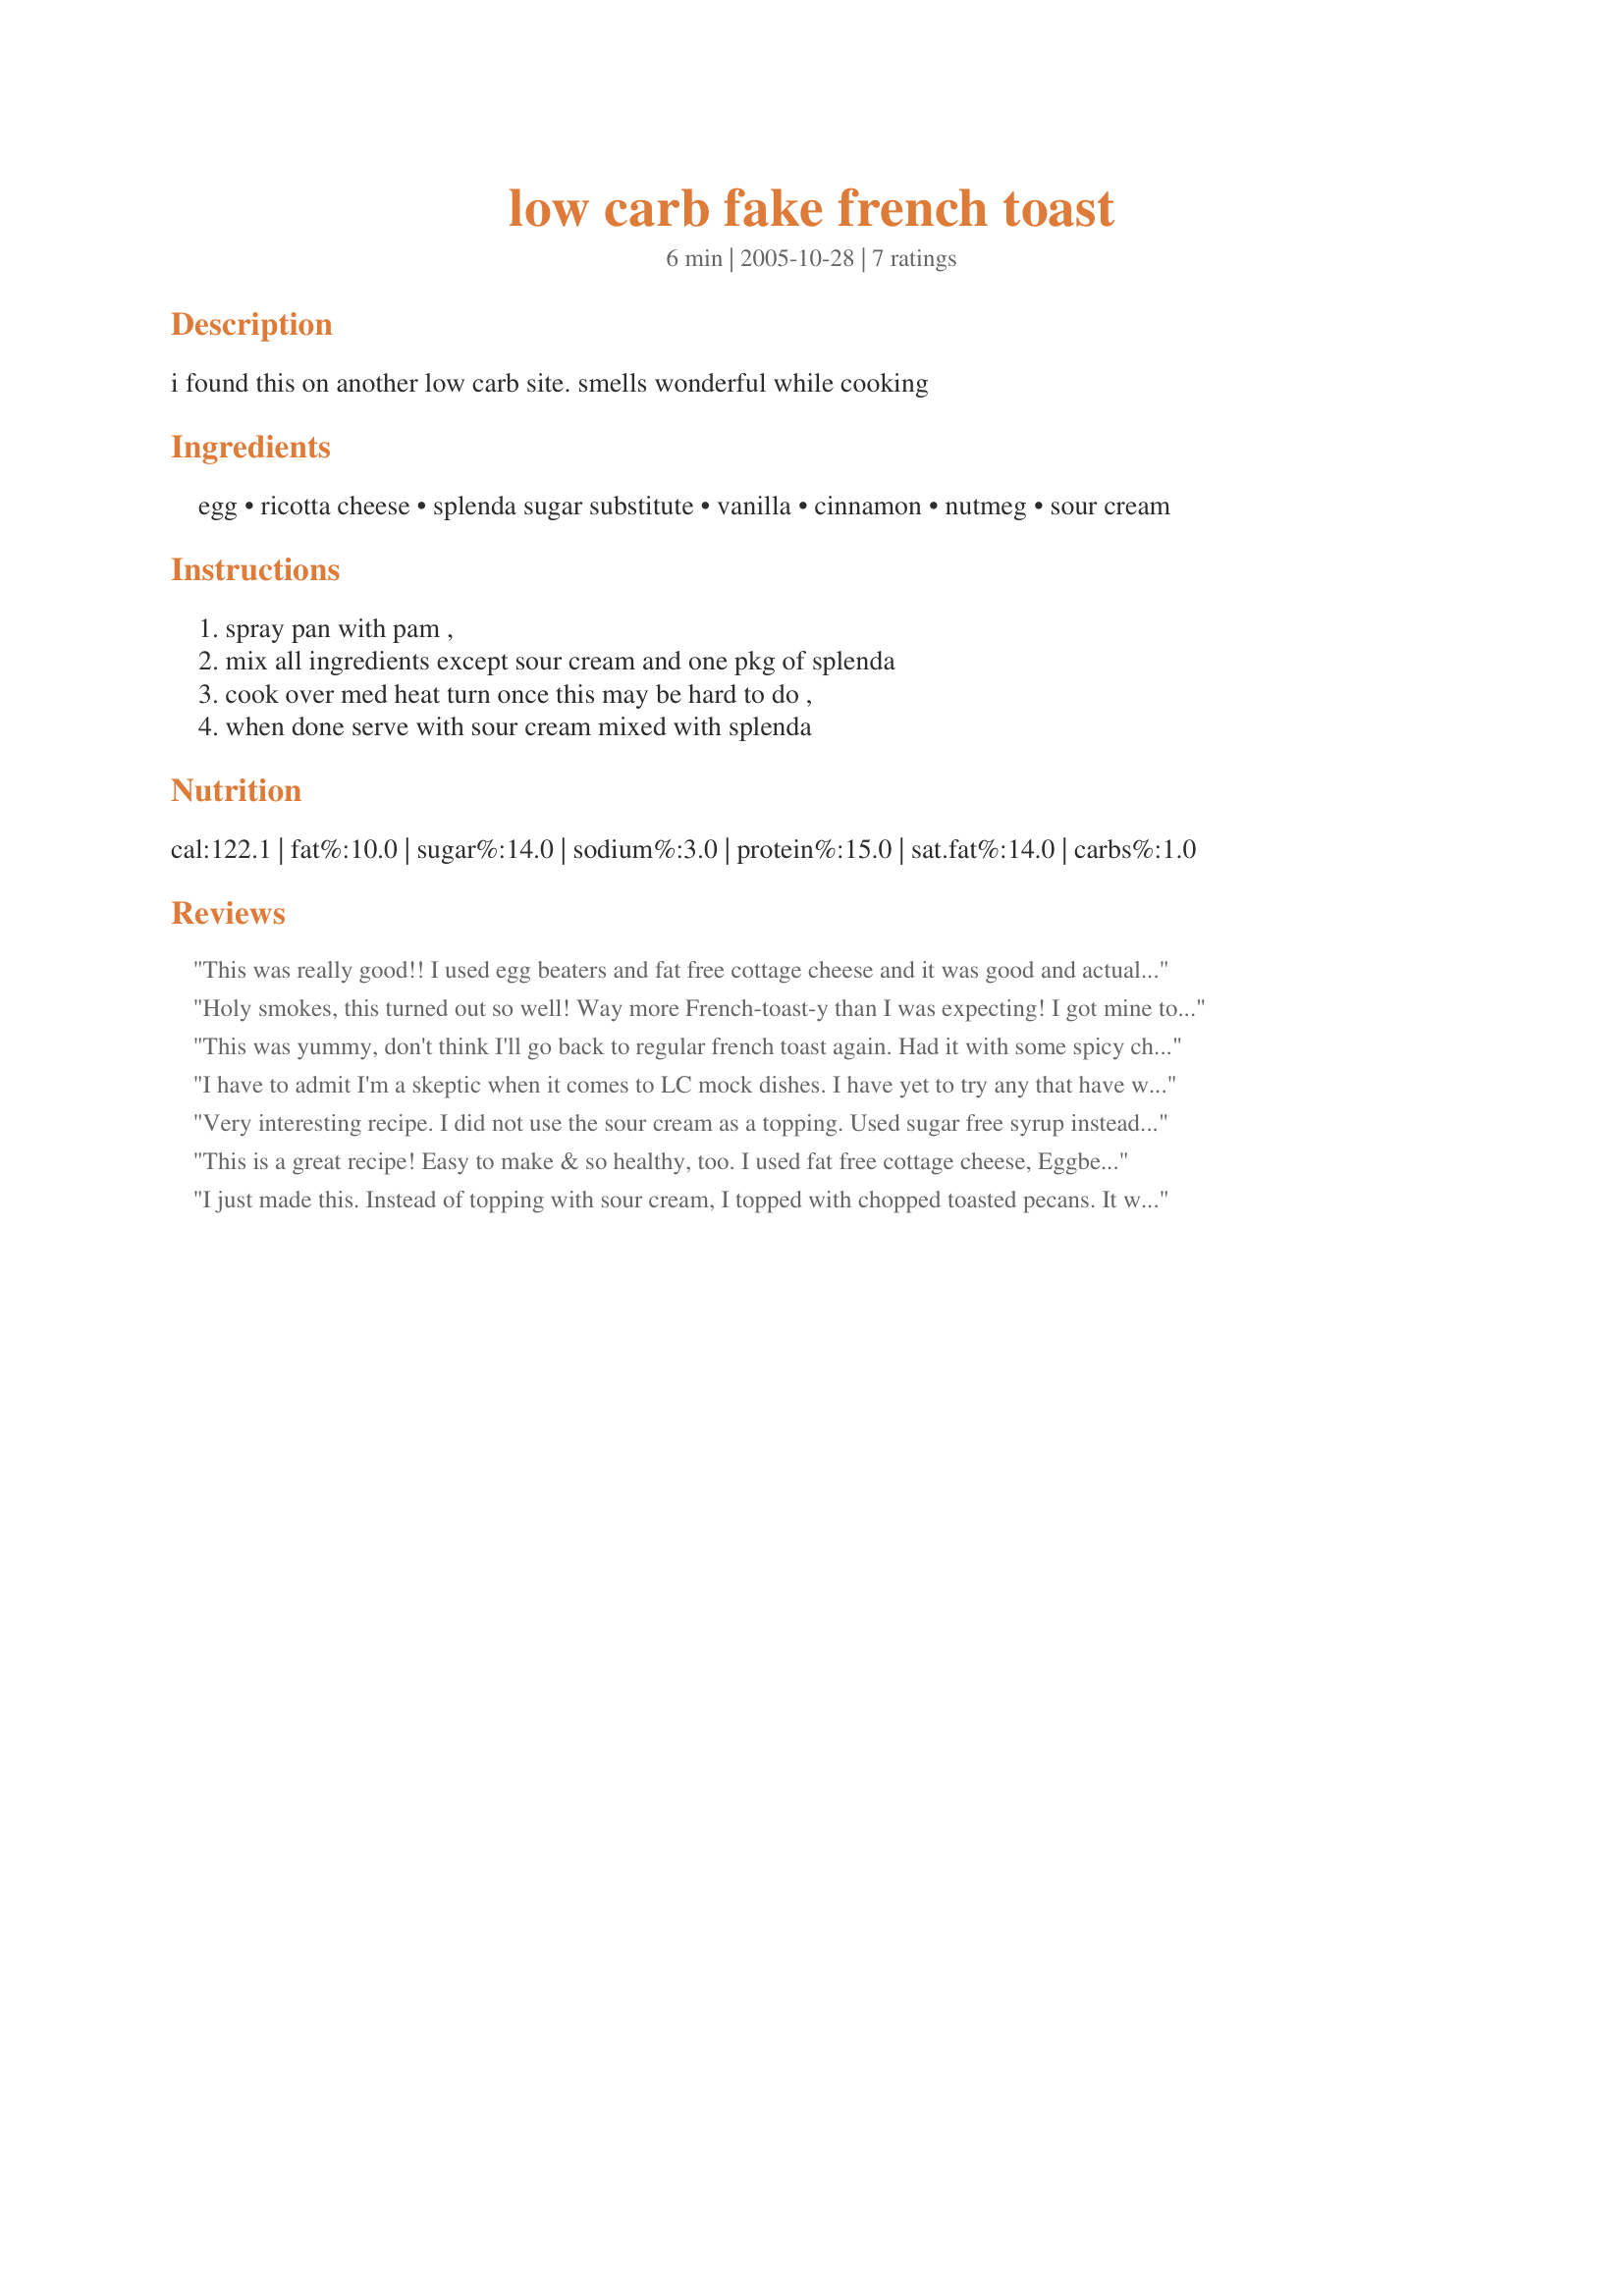
low carb fake french toast
Preparation time: 6 minutes

i found this on another low carb site. smells wonderful while cooking

Ingredients:
egg, ricotta cheese, splenda sugar substitute, vanilla, cinnamon, nutmeg, sour cream

Steps:
spray pan with pam ,, mix all ingredients except sour cream and one pkg of splenda, cook over med heat turn once this may be hard to do ,, when done serve with sour cream mixed with splenda

Reviews:
This was really good!! I used egg beaters and fat free cottage cheese and it was good and actually was very similar to french toast. Thanks for posting!
Holy smokes, this turned out so well! Way more French-toast-y than I was expecting! I got mine to flip and end up square (adding to the toast illusion). I poured the mixture into the pan and it was a massive oval. As it slowly started to cook, I nudged the edges in towards the middle. As the bottom firmed up, I gently folded up the edges of the oval to make four straight edges. Once it firmed up even more I was able to flip it. It puffed up nicely! As with another reviewer, I too had it with syrup instead of the recommended sour cream topping.
This was yummy, don't think I'll go
back to regular french toast again.
Had it with some spicy chunky apple sauce. Thanks for sharing.
I have to admit I'm a skeptic when it comes to LC mock dishes. I have yet to try any that have wowed me, until now! I though "realistically, how can ricotta cheese even resemble french toast?" but it totally does!! I cooked mine in a frying pan with a bit of oil and made them the size of silver dollar pancakes. They were so good i made a second batch! MMMMMM! with butter and SF syrup, i couldn't tell the difference!!
Very interesting recipe. I did not use the sour cream as a topping. Used sugar free syrup instead. Not your average french toast but will do when you are craving something sweet for breakfast! Thanks for posting.
This is a great recipe! Easy to make & so healthy, too. I used fat free cottage cheese, Eggbeaters, one Splenda packet, 1/2 tsp cinnamon (gave it a wonderful brown color) & 1/8 tsp vanilla. I topped it w/ some natural peanut butter, bananas & sugar free syrup. I used a crepe pan, which made cooking & flipping much easier, and it really did taste like french toast. I actually made two "slices" for myself for dinner & I am quite satisfied! Thank you for sharing this!
I just made this. Instead of topping with sour cream, I topped with chopped toasted pecans. It was delicious. (I will omit nutmeg next time.) It really does taste like French Toast.
